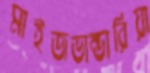
মাইজভান্ডারিয়া